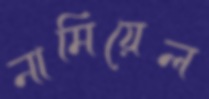
নামিয়েল